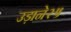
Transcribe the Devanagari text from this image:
उड़ाने२५